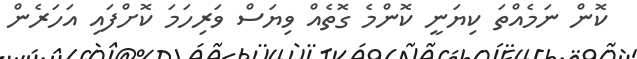
ކޮން ނަމެއްތަ ކިޔަނީ ކޮންމެ ގޮތެއް ވިޔަސް ވަރިހަމަ ކޮށްފައި އަހަރެން